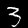
Label: 3